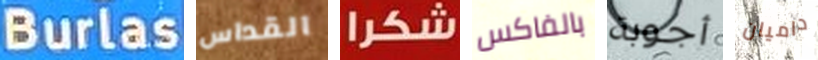
Burlas القداس شكرا بالفاكس أجوبة داميان